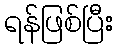
ရန်ဖြစ်ပြီး